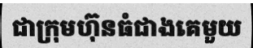
ជាក្រុមហ៊ុនធំជាងគេមួយ